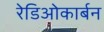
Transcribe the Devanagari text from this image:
रेडिओकार्बन